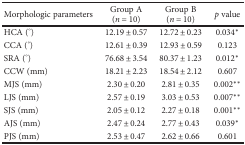
<table><thead><tr><td><b>Morphologic parameters</b></td><td><b>Group A (<i>n</i> = 10)</b></td><td><b>Group B (<i>n</i> = 10)</b></td><td><b><i>p</i> value</b></td></tr></thead><tbody><tr><td>HCA (°)</td><td>12.19 ± 0.57</td><td>12.72 ± 0.23</td><td>0.034<sup>∗</sup></td></tr><tr><td>CCA (°)</td><td>12.61 ± 0.39</td><td>12.93 ± 0.59</td><td>0.123</td></tr><tr><td>SRA (°)</td><td>76.68 ± 3.54</td><td>80.37 ± 1.23</td><td>0.012<sup>∗</sup></td></tr><tr><td>CCW (mm)</td><td>18.21 ± 2.23</td><td>18.54 ± 2.12</td><td>0.607</td></tr><tr><td>MJS (mm)</td><td>2.30 ± 0.20</td><td>2.81 ± 0.35</td><td>0.002<sup>∗∗</sup></td></tr><tr><td>LJS (mm)</td><td>2.57 ± 0.19</td><td>3.03 ± 0.53</td><td>0.007<sup>∗∗</sup></td></tr><tr><td>SJS (mm)</td><td>2.05 ± 0.12</td><td>2.27 ± 0.18</td><td>0.001<sup>∗∗</sup></td></tr><tr><td>AJS (mm)</td><td>2.47 ± 0.24</td><td>2.77 ± 0.43</td><td>0.039<sup>∗</sup></td></tr><tr><td>PJS (mm)</td><td>2.53 ± 0.47</td><td>2.62 ± 0.66</td><td>0.601</td></tr></tbody></table>